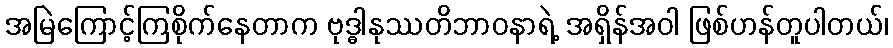
အမြဲကြောင့်ကြစိုက်နေတာက ဗုဒ္ဓါနုဿတိဘာဝနာရဲ့ အရှိန်အဝါ ဖြစ်ဟန်တူပါတယ်၊